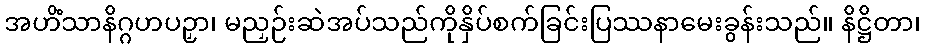
အဟိံသာနိဂ္ဂဟပဉှာ၊ မညှဉ်းဆဲအပ်သည်ကိုနှိပ်စက်ခြင်းပြဿနာမေးခွန်းသည်။ နိဋ္ဌိတာ၊